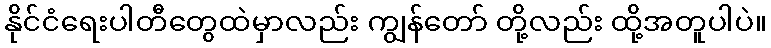
နိုင်ငံရေးပါတီတွေထဲမှာလည်း ကျွန်တော် တို့လည်း ထို့အတူပါပဲ။